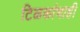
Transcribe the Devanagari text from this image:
टिळकांचाही